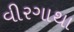
વીરગાથા